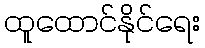
ထူထောင်နိုင်ရေး